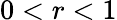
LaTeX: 0<r<1